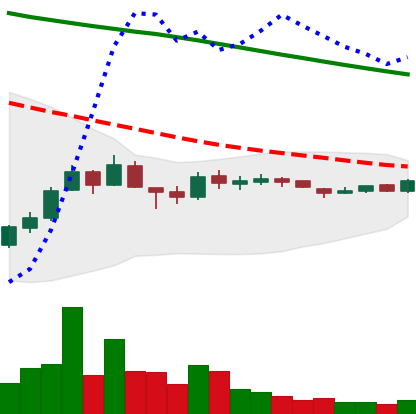
Ticker: ADA-USD
Chart end date: 2018-10-07
Forward return: -13.518%
Label: down_7plus